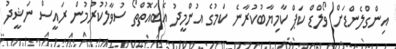
އިންގްލެންޑަށް ވޯލްޑް ކަޕް ކާމިޔާބުކުރާނެ ކަމުގެ އުންމީދު އެބައޮތްތޯ ސުވާލުކުރުމުން ރައީސް ނަޝީދު